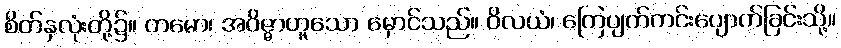
စိတ်နှလုံးတို့၌။ တမော၊ အဝိဇ္ဇာဟူသော မှောင်သည်။ ဝိလယံ၊ ကြေပျက်ကင်းပျောက်ခြင်းသို့။